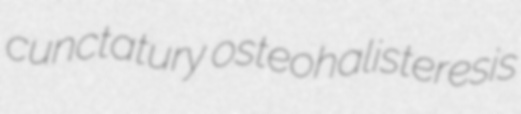
cunctatury osteohalisteresis